Leaving Certificate Examination, 1914
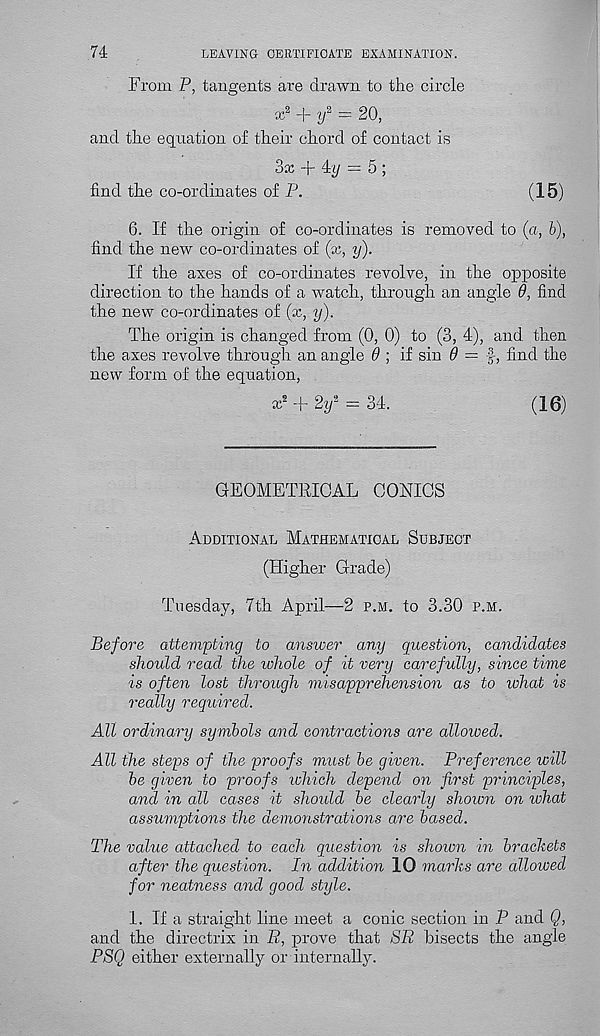
74
LEAVING CERTIFICATE EXAMINATION.
From P, tangents are drawn to tire circle
x 2 + y 2 = 20,
and the equation of their chord of contact is
3x + 4i/ — 5 ;
find the co-ordinates of P.
(15)
6. If the origin of co-ordinates is removed to (a, b),
find the new co-ordinates of (x, y).
If the axes of co-ordinates revolve, in the opposite
direction to the hands of a watch, through an angle 9, find
the new co-ordinates of (x, y).
The origin is changed from (0, 0) to (3, 4), and then
the axes revolve through an angle 9 ; if sin 9 = f, find the
new form of the equation,
x s + 2if = 34.
(16)
GEOMETRICAL CONICS
Additional Mathematical Subject
(Higher Grade)
Tuesday, 7th April—2 p.m. to 3.30 p.m.
Before attempting to answer any question, candidates
should read the whole of it very carefully, since time
is often lost through misapprehension as to what is
really required.
All ordinary symbols and contractions are alloived.
All the steps of the proofs must he given. Preference will
he given to proofs ichich depend on first principles,
and in all cases it should he clearly shown on what
assumptions the demonstrations are based.
The value attached to each question is shown in brackets
after the question. In addition 10 marks are allowed
for neatness and good style.
1. If a straight line meet a conic section in P and Q,
and the directrix in R, prove that SR bisects the angle
PSQ either externally or internally.